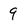
Character: 9